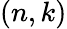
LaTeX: (n,k)